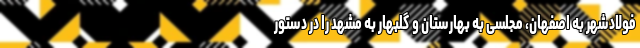
فولادشهر به اصفهان، مجلسی به بهارستان و گلبهار به مشهد را در دستور